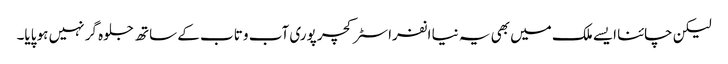
لیکن چائنا ایسے ملک میں بھی یہ نیا انفراسٹرکچر پوری آب و تاب کے ساتھ جلوہ گر نہیں ہو پایا۔